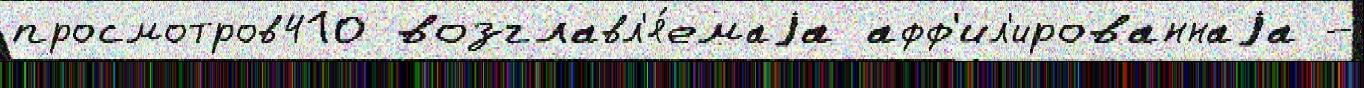
просмотров410 возглавл'я́емаjа афф'ил'ированнаjа -